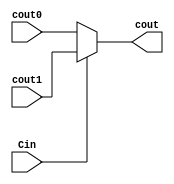
`timescale 1ns/10ps

//mux for carry
module mux_carry(cout, cout0, cout1, Cin);
output cout;
input cout0, cout1, Cin;

assign cout = Cin ? cout1 : cout0;

endmodule